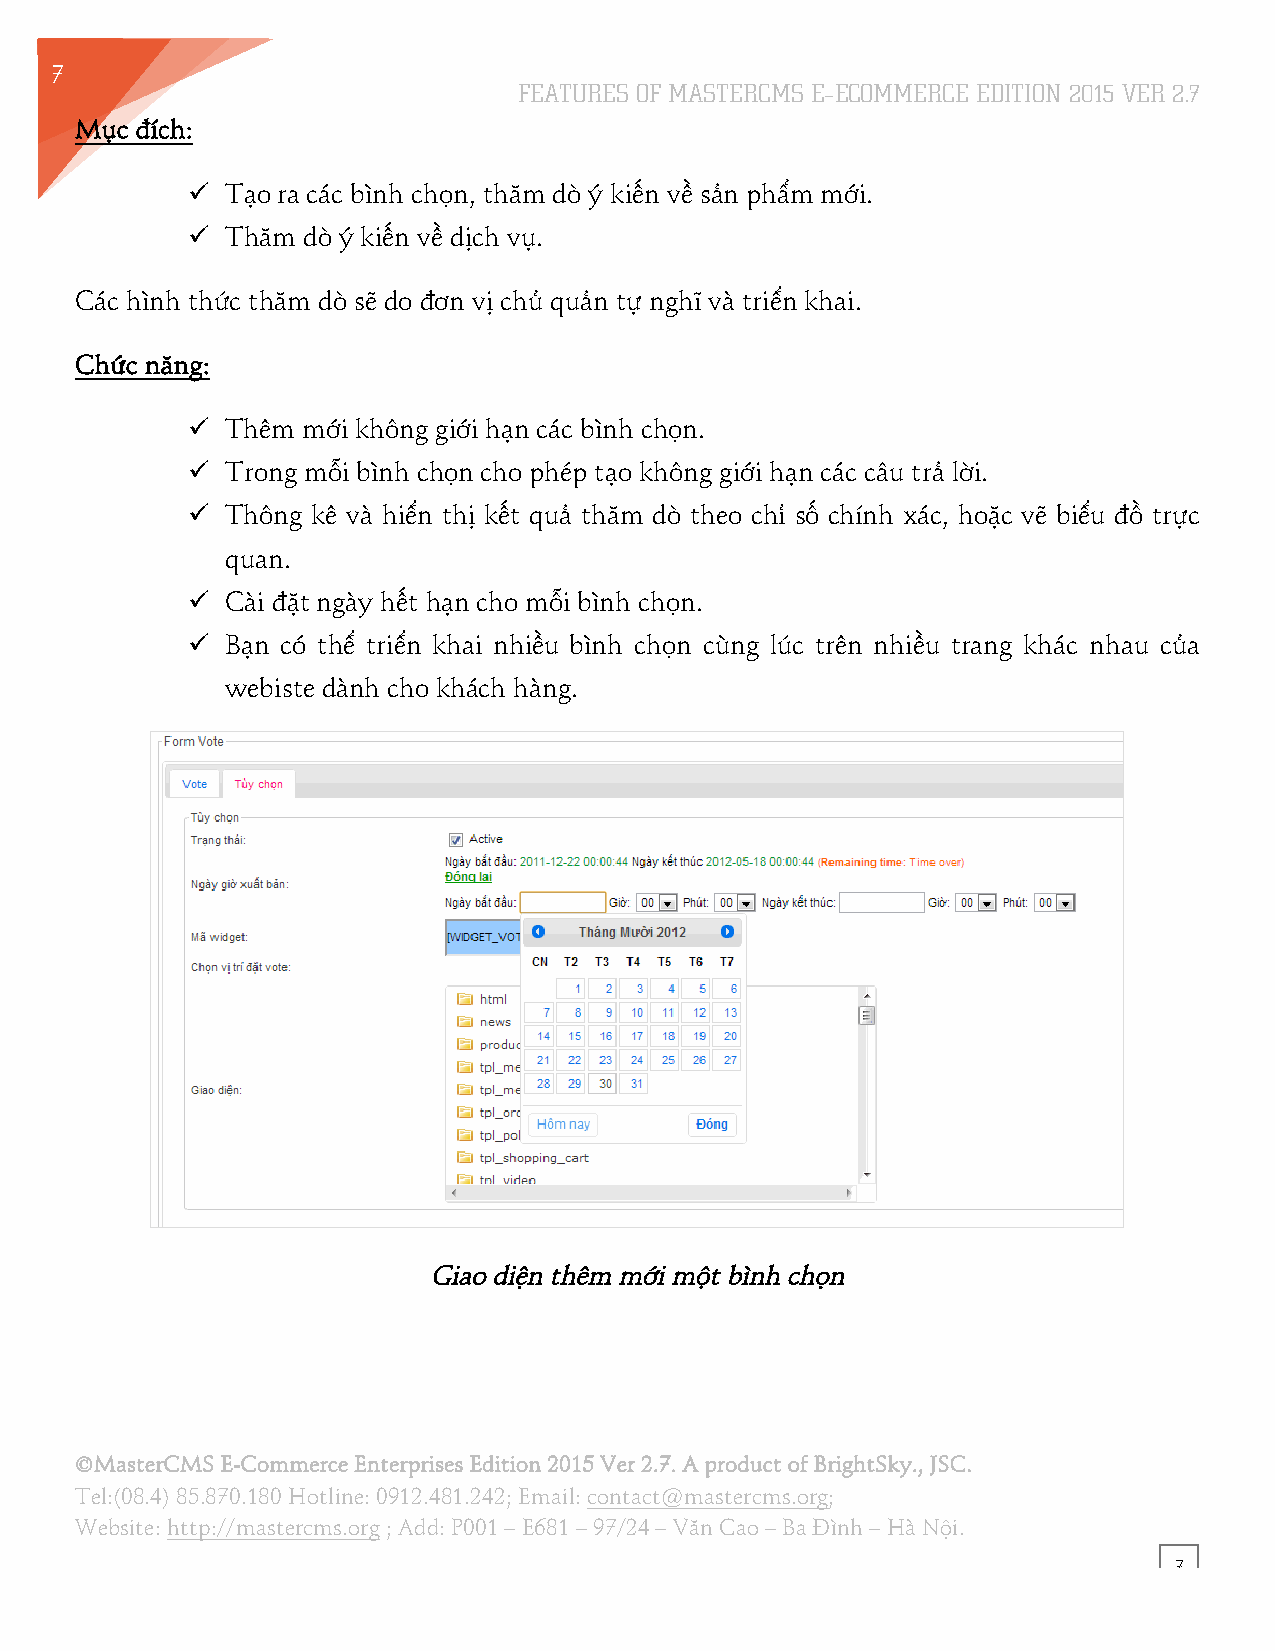
7
 FEATURES OF MASTERCMS E–ECOMMERCE EDITION 2015 VER 2.7
 4
 Mục đích:
 !! Tạo ra các bình chọn, thăm dò ý kiến về sản phẩm mới.
 !! Thăm dò ý kiến về dịch vụ.
 Các hình thức thăm dò sẽ do đơn vị chủ quản tự nghĩ và triển khai.
 Chức năng:
 !! Thêm mới không giới hạn các bình chọn.
 !! Trong mỗi bình chọn cho phép tạo không giới hạn các câu trả lời.
 !! Thông kê và hiển thị kết quả thăm dò theo chỉ số chính xác, hoặc vẽ biểu đồ trực
 quan.
 !! Cài đặt ngày hết hạn cho mỗi bình chọn.
 !! Bạn có thể triển khai nhiều bình chọn cùng lúc trên nhiều trang khác nhau của
 webiste dành cho khách hàng.
 Giao diện thêm mới một bình chọn
 ©MasterCMS E-Commerce Enterprises Edition 2015 Ver 2.7. A product of BrightSky., JSC.
 Tel:(08.4) 85.870.180 Hotline: 0912.481.242; Email: contact@mastercms.org;
 Website: http://mastercms.org ; Add: P001 – E681 – 97/24 – Văn Cao – Ba Đình – Hà Nội.
 7